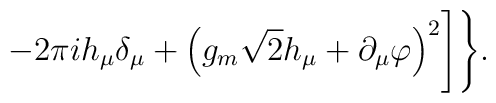
-2\pi ih_\mu\delta_\mu+\left(g_m\sqrt{2}h_\mu+\partial_\mu\varphi\right)^2\Biggr]\Biggr\}.